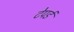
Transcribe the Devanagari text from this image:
टेपर्ड